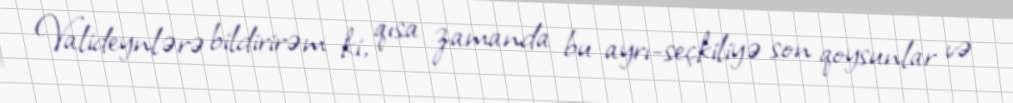
Valideynlərə bildirirəm ki, qısa zamanda bu ayrı-seçkiliyə son qoysunlar və